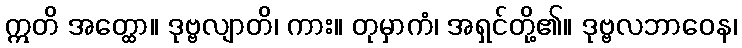
ဣတိ အတ္ထော။ ဒုဗ္ဗလျာတိ၊ ကား။ တုမှာကံ၊ အရှင်တို့၏။ ဒုဗ္ဗလဘာဝေန၊